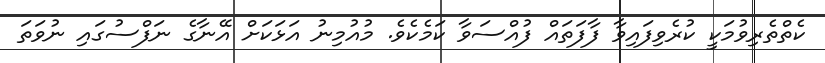
ކެތްތެރިވުމަކީ ކުރެވިފައިވާ ފާފަތައް ފުއްސަވާ ކަމެކެވެ. މުއުމިނު އަޅަކަށް އޭނާގެ ނަފްސުގައި ނުވަތަ